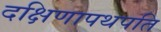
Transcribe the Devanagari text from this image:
दक्षिणापथपति